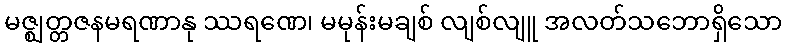
မဇ္ဈတ္တဇနမရဏာနု ဿရဏေ၊ မမုန်းမချစ် လျစ်လျူ အလတ်သဘောရှိသော